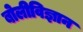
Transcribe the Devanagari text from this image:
बोलीविज्ञान